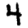
Digit: 4